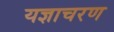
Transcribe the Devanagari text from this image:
यज्ञाचरण